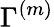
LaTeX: \Gamma^{(m)}